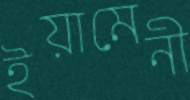
ইয়ামেনী